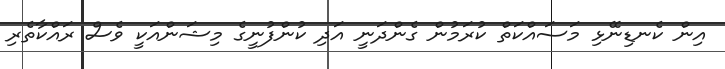
އިން ކެނޑިނޭޅި މަސައްކަތް ކުރަމުން ގެންދަނީ އަދި ކުންފުނީގެ މިޝަންއަކީ ވެސް ރައްކާތެރި